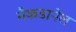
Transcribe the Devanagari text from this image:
मैकडानेल